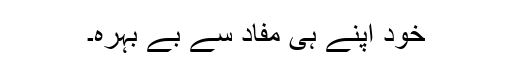
خود اپنے ہی مفاد سے بے بہرہ۔